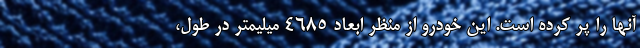
آنها را پر کرده است. این خودرو از منظر ابعاد 4685 میلیمتر در طول،